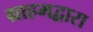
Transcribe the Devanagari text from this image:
ग्राहमद्वारा